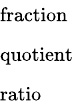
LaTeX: \begin{array}{l}{\scriptstyle{\mathrm{fraction}}}\\ {\scriptstyle{\mathrm{quotient}}}\\ {\scriptstyle{\mathrm{ratio}}}\end{array}